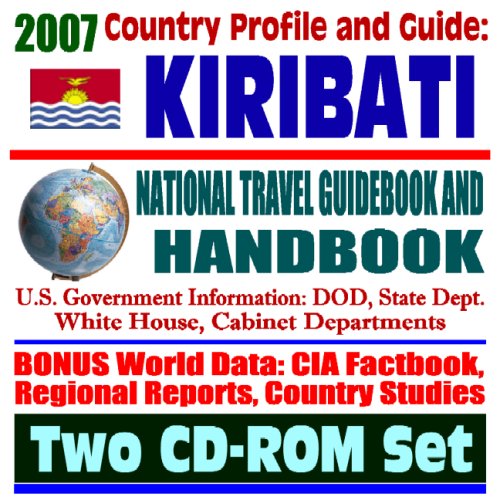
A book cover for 2007 Country Profile and Guide to Kiribati and Christmas Island (Kiritimati), Tarawa - National Travel Guidebook and Handbook - Battle of Tarawa, Agriculture (Two CD-ROM Set); U.S. Government; Travel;